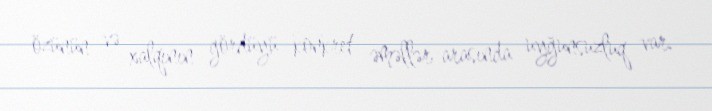
özünün və xalqının gördüyü konkret əməllər arasında uyğunsuzluq var.